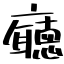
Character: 廰